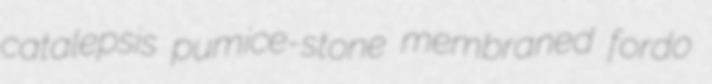
catalepsis pumice-stone membraned fordo